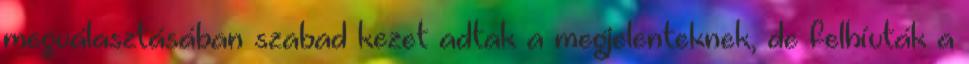
megválasztásában szabad kezet adtak a megjelenteknek, de felhívták a